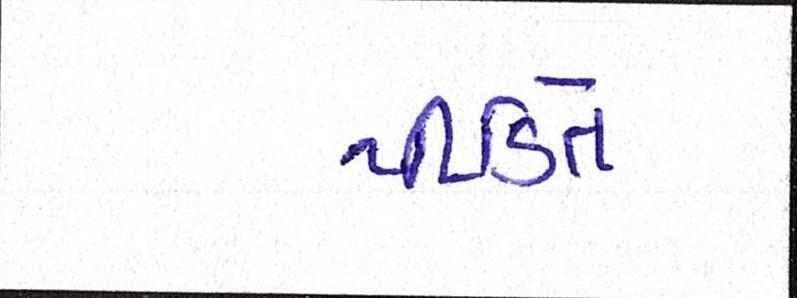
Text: પીડિતે